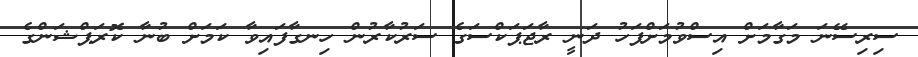
ސިރިސޭނަ މަގާމަށް އިސްވުމަށްފަހު ދަނީ ރާޖަޕަކްސަގެ ސަރުކާރުން ހިނގާފައިވާ ކަމަށް ބުނާ ކޮރަޕްޝަންގެ